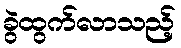
ခွဲထွက်လာသည့်